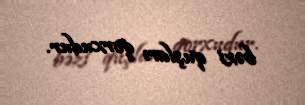
bəzi quşları qorxudur.